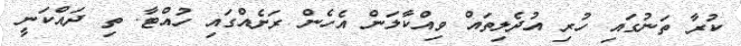
ކުރާ ތަނުގައި ހުރި އުދެލިތައް ވިއްކާލަން އެހެން ރަށެއްގައި ހުއްޓާ. ތި ދައްކަނީ